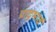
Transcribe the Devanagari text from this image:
प्रादुभार्व